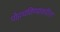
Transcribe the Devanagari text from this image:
पोहचविण्याकरिता